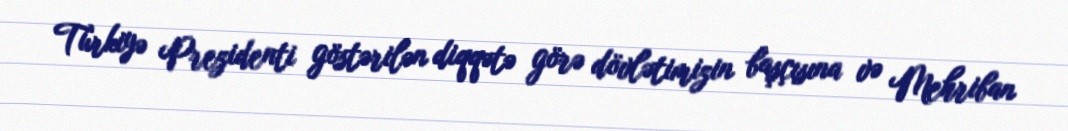
Türkiyə Prezidenti göstərilən diqqətə görə dövlətimizin başçısına və Mehriban